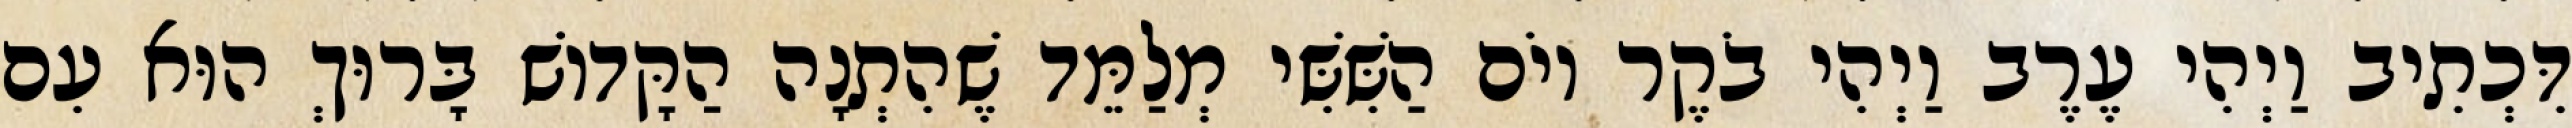
דִּכְתִיב וַיְהִי עֶרֶב וַיְהִי בֹקֶר יוֹם הַשִּׁשִּׁי מְלַמֵּד שֶׁהִתְנָה הַקָּדוֹשׁ בָּרוּךְ הוּא עִם